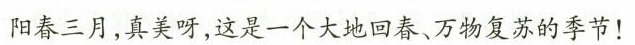
阳春三月，真美呀，这是一个大地回春、万物复苏的季节！